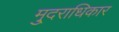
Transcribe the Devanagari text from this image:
मु्दराधिकार